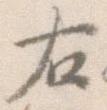
右